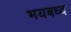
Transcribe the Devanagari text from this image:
भयबध्द